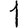
Digit: 1